Vital statistics of India. Vol. VI, European troops 1870-79
Year: 1870
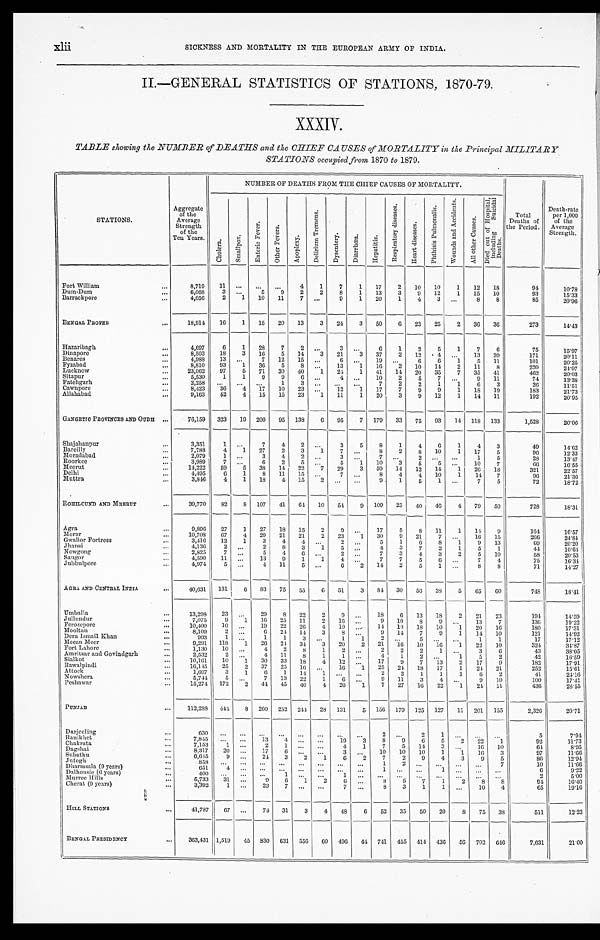
xlii
SICKNESS AND MORTALITY IN THE EUROPEAN ARMY OF INDIA.
II.—GENERAL STATISTICS OF STATIONS, 1870-79.
XXXIV.
TABLE showing the NUMBER of DEATHS and the CHIEF CAUSES of MORTALITY in the Principal MILITARY
STATIONS occupied from 1870 to 1879.
STATIONS.
Aggregate
of the
Average
Strength
of the
Ten Years.
NUMBER OF DEATHS FROM THE CHIEF CAUSES OF MORTALITY.
Total
Deaths of
the Period.
Death-rate
per 1,000
of the
Average
Strength.
C h o l e r a .
S m a l l p o x .
E n t e r i c F e v e r .
O t h e r F e v e r s .
A p o p l e x y .
D e l i r i u m T r e m e n s .
D y s e n t e r y .
D i a r r h œ a .
H e p a t i t i s .
R e p i r a t o r y d i s e a s e s .
H e a r t d i s e a s e s .
P h t h i s i s P u l m o n a l i s .
W o u n d s a n d A c c i d e n t s .
A l l o t h e r C a u s e s .
D i e d o u t o f H o s p i t a l , i n c l u d i n g S u i c i d a l D e a t h s .
Fort William . . .
8,719
11
. . .
. . .
. . .
4
1
7
1
17
2
10
10
1
12
18
94
10.78
Dum-Dum . . .
6,068
3
. . .
5
9
2
2
8
1
13
3
9
12
1
15
10
93
15.33
Barrackpore . . .
4,056
2
1
10
11
7
. . .
9
1
20
1
4
3
. . .
8
8
85
20.96
BENGAL PROPER . . .
18,914
16
1
15
20
13
3
24
3
50
6
23
25
2
36
36
273
14.43
Hazaribagh . . .
4,697
6
1
28
7
2
. . .
3
. . .
6
1
2
5
1
7
6
75
15.97
Dinapore . . .
8,503
18
3
16
5
14
3
21
3
37
2
12
4
. . .
13
20
171
20.11
Benares . . .
4,988
13
. . .
7
12
15
. . .
6
. . . 19 . . .
6
6
1
5
11
101
20.25
Fyzabad . . .
8,810
93
1
36
5
8
. . .
13
1
16
2
10
11
2
11
8
220
24.97
Lucknow . . .
23,062
97
5
71
30
40
1
24
1
41
14
20
35
7
35
41
462
20.03
Sitapur . . .
5,530
1
1
9
9
6
. . .
4
. . .
10
2
5
7
. . . 9
11
74
13.38
Fatehgarh . . .
2,258
. . .
. . .
. . .
1
3
. . .
. . .
. . .
7
2
2
1
1
6
3
26
11.51
Cawnpore . . .
8,423
36
4
17
10
23
. . .
12
1
17
7
9
9
1
18
19
183
21.73
Allahabad . . .
9,163
52
4
15
15
23
1
11
1
20
3
9
12
1
14
11
192
20.95
GANGETIC PROVINCES AND OUDH . . .
76,159
323
19
200
95
138
6
95
7
179
33
75
93
14
118
133
1,528
20.06
Shajahanpur . . .
3,351
1
. . .
7
4
2
. . .
3
5
8
1
4
6
1
4
3
49
14.62
Bareilly . . .
7,788
4
1
27
2
3
1
7
. . .
8
2
8
10
1
17
5
96
12.33
Moradabad . . .
2,079
1
. . .
3
4
2
. . .
3
. . .
7
. . .
2
. . .
. . .
1
5
28
13.47
Roorkee . . .
3,989
7
. . .
6
2
5
. . .
5
1
10
3
5
5
. . . 10
7
66
16.55
Meerut . . .
14,222
59
5
38
14
22
7
29
3
59
14
12
14
1
26
18
321
22.57
Delhi . . .
4,495
6
1
8
11
15
. . .
7
. . .
8
4
4
10
1
14
7
96
21.36
Muttra . . .
3,846
4
1
18
4
15
2
. . .
. . .
9
1
5
1
. . .
7
5
72
18.72
ROHILCUND AND MEERUT . . .
39,770
82
8
107
41
6 4
10
54
9
109
25
40
46
4
79
50
728
18.31
Agra . . .
9,896
27
1
27
18
15
2
9
. . .
17
5
8
11
1
14
9
164
16.57
Morar . . .
10,708
67
4
29
21
21
2
23
1
30
9
21
7
. . . 16
15
266
24.84
Gwalior Fortress . . .
3,416
12
1
3
4
4
. . .
2
. . .
5
1
6
8
1
9
13
69
20.20
Jhansi . . .
4,136
2
. . .
2
8
3
1
5
. . .
4
3
7
2
1
5
1
44
10.64
Nowgong . . .
2,825
7
. . .
5
4
6
. . .
2
. . .
7
3
4
3
2
5
10
58
20.53
Saugor . . .
4,590
11
. . .
13
9
1
1
4
. . .
7
7
5
6
. . .
7
4
75
16.34
Jubbulpore . . .
4,974
5
. . .
4
11
5
. . .
6
2
14
2
5
1
. . .
8
8
71
14.27
AGRA AND CENTRAL INDIA . . .
40,631
131
6
83
75
55
6
51
3
84
30
56
38
5
65
60
748
18.41
Umballa . . .
13,298
23
. . .
29
8
22
2
9
. . .
18
6
13
18
2
21
23
194
14.59
Jullundur . . .
7,075
9
1
16
25
11
2
16
. . .
9
10
8
9
. . .
13
7
136
19.22
Ferozepore . . .
10,400
10
. . .
19
22
26
4
10
. . .
14
10
18
10
1
20
16
180
17.31
Mooltan . . .
8,109
2
. . .
6
24
14
3
8
. . .
9
14
7
9
1
14
10
121
14.92
Dera Ismail Khan . . .
993
1
. . .
1
1
3
. . .
1
1
2
. . .
5
. . .
. . .
1
1
17
17.12
Meean Meer . . .
9,291
118
1
20
24
34
3
20
2
21
16
10
16
1
22
10
324
34.87
Fort Lahore . . .
1,130
10
. . .
4
2
8
1
2
. . .
2
2
2
1
. . .
3
6
43
38.05
Amritsar and Govindgarh . . .
2,532
2
. . .
4
11
8
1
1
. . .
4
1
2
. . .
1
5
2
42
16.59
Sialkot . . .
10,161
10
1
30
33
18
4
12
. . .
17
9
7
13
2
17
9
182
17.91
Rawalpindi . . .
16,145
25
2
37
25
16
. . .
16
1
25
24
18
17
1
24
21
252
15.61
Attock . . .
1,697
3
1
6
1
14
1
. . .
. . .
2
2
1
1
1
6
2
41
24.16
Nowshera . . .
5,744
5
. . .
7
13
22
1
6
. . .
9
11
3
4
. . .
9
10
100
17.41
Peshawar . . .
15,274
172
2
44
45
40
4
20
1
7
27
16
22
1
24
11
436
28.55
P U N J A B . . .
112,288
444
8
260
252
244
28 131
5
156
179
125
127
11
201
155
2,326
20.71
Darjeeling . . .
6 3 0
. . .
. . .
. . .
. . .
. . .
. . .
. . .
. . .
2 . . .
2
1
. . .
. . .
. . .
5
7.94
Ranikhet . . .
78.45
. . .
. . .
13
4
. . .
. . .
19
3
8
9
6
5
2
22
1
92
11.73
Chakrata . . .
7,153
1
. . .
2
1
. . .
. . .
4
1
7
5
14
3
. . .
16
10
64
8.95
Dagshai . . .
8,317
20
. . .
17
6
. . .
. . .
3
. . . 10
10
10
1
1
16
3
97
11.66
Subathu . . .
6 , 6 4 5
9
. . .
24
3
2
1
6
2
7
2
9
4
3
9
5
86
12.94
Jutogh . . .
8 5 8
. . .
. . .
. . .
. . .
. . .
. . .
. . .
. . .
1
2
. . .
. . .
. . .
. . .
7
10
11.66
Dharmsala (9 years) . . .
651
4
. . .
. . .
. . .
. . .
. . .
. . .
. . .
1
. . .
. . .
1
. . .
. . .
. . .
6
9.22
Dalhousie (6 years) . . .
400
. . .
. . .
. . .
1
. . .
. . .
1
. . .
. . .
. . .
. . .
. . .
. . .
. . .
. . .
2
5.00
Murree Hills . . .
5,733
31
. . .
9
6
1
2
6
. . .
8
5
7
1
2
8
8
94
16.40
Cherat (9 years) . . .
3,392
1
. . .
23
7
. . .
. . .
7
. . .
8
3
1
1
. . .
10
4
65
19.16
HILL STATIONS . . .
4 1 , 7 8 7
67
. . .
74
31
3
4
48
6
52
35
50
20
8
75
38
511
12.23
BENGAL PRESIDENCY . . .
363,431 1,519
45
830
631
556
6 0 496
44 741
455
414
436
56
702
646
7,631
21.00